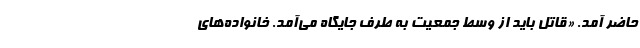
حاضر آمد. «قاتل باید از وسط جمعیت به طرف جایگاه می‌آمد. خانواده‌های